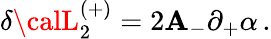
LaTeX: \delta{\calL}_{2}^{(+)}=2\mathbf{A}_{-}\partial_{+}\alpha\, .